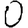
Digit: 0